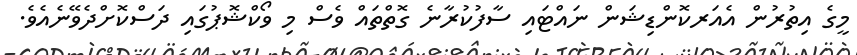
މީގެ އިތުރުން އެއަރކޮންޑިޝަން ނައްޓައި ސާފުކުރާނެ ގޮތްތައް ވެސް މި ވޯކްޝޮޕުގައި ދަސްކޮށްދެވޭނެއެވެ.